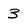
Character: 3